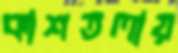
কাশতলায়